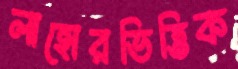
লাহোরভিত্তিক